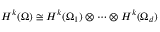
H ^ { k } ( \Omega ) \cong H ^ { k } ( \Omega _ { 1 } ) \otimes \cdots \otimes H ^ { k } ( \Omega _ { d } )